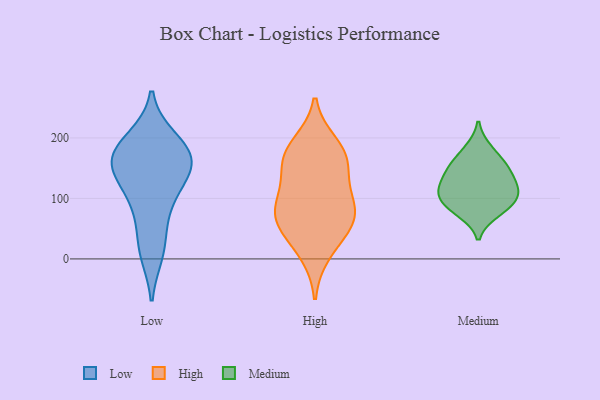
{"axis": {"x": "Revenue (USD Million)", "y": "Value"}, "legend": ["High", "Low", "Medium"], "data": [{"x": "", "y": 197, "type": "Low"}, {"x": "", "y": 135, "type": "Low"}, {"x": "", "y": 89, "type": "Low"}, {"x": "", "y": 156, "type": "Low"}, {"x": "", "y": 11, "type": "Low"}, {"x": "", "y": 151, "type": "Low"}, {"x": "", "y": 150, "type": "Low"}, {"x": "", "y": 169, "type": "Low"}, {"x": "", "y": 23, "type": "Low"}, {"x": "", "y": 176, "type": "Low"}, {"x": "", "y": 188, "type": "Low"}, {"x": "", "y": 89, "type": "Low"}, {"x": "", "y": 66, "type": "High"}, {"x": "", "y": 160, "type": "High"}, {"x": "", "y": 10, "type": "High"}, {"x": "", "y": 111, "type": "High"}, {"x": "", "y": 96, "type": "High"}, {"x": "", "y": 56, "type": "High"}, {"x": "", "y": 81, "type": "High"}, {"x": "", "y": 54, "type": "High"}, {"x": "", "y": 189, "type": "High"}, {"x": "", "y": 164, "type": "High"}, {"x": "", "y": 169, "type": "High"}, {"x": "", "y": 155, "type": "Medium"}, {"x": "", "y": 118, "type": "Medium"}, {"x": "", "y": 182, "type": "Medium"}, {"x": "", "y": 96, "type": "Medium"}, {"x": "", "y": 152, "type": "Medium"}, {"x": "", "y": 139, "type": "Medium"}, {"x": "", "y": 85, "type": "Medium"}, {"x": "", "y": 77, "type": "Medium"}, {"x": "", "y": 113, "type": "Medium"}, {"x": "", "y": 111, "type": "Medium"}]}